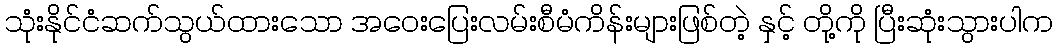
သုံးနိုင်ငံဆက်သွယ်ထားသော အဝေးပြေးလမ်းစီမံကိန်းများဖြစ်တဲ့ နှင့် တို့ကို ပြီးဆုံးသွားပါက